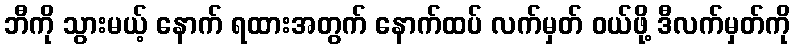
ဘီကို သွားမယ့် နောက် ရထားအတွက် နောက်ထပ် လက်မှတ် ဝယ်ဖို့ ဒီလက်မှတ်ကို